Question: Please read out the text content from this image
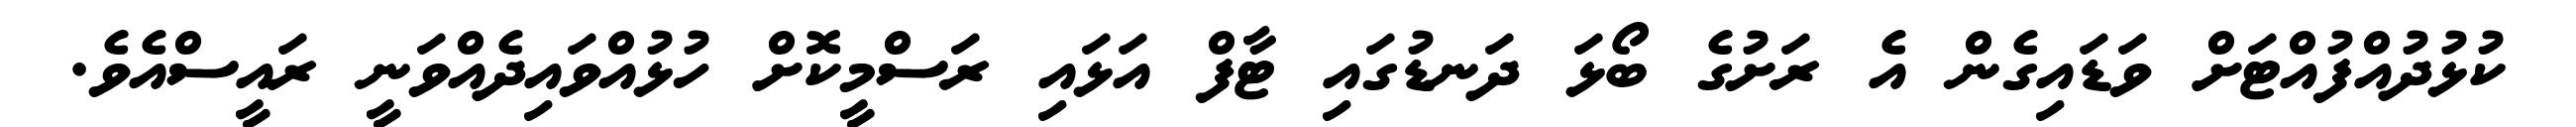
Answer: ކުޅުދުއްފުއްޓަށް ވަޑައިގެން އެ ރަށުގެ ބޯޅަ ދަނޑުގައި ޓާފް އަޅައި ރަސްމީކޮށް ހުޅުއްވައިދެއްވަނީ ރައީސްއެވެ.